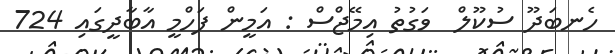
ހެނބަދޫ ސުކޫލް  ވަގުތު އިމޭޖްސް : އަމީން ފަހްމީ އާބާދީގައި 724